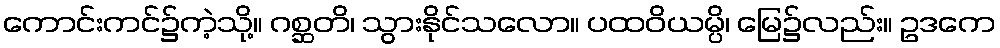
ကောင်းကင်၌ကဲ့သို့။ ဂစ္ဆတိ၊ သွားနိုင်သလော။ ပထဝိယမ္ပိ၊ မြေ၌လည်း။ ဥဒကေ